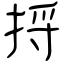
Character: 捋